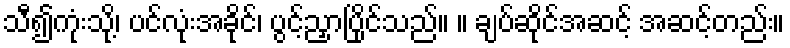
သီ၍ကုံးသို့၊ ပင်လုံးအခိုင်၊ ပွင့်ညှာပြိုင်သည်။ ။ ချပ်ဆိုင်အဆင့် အဆင့်တည်း။